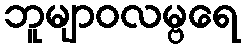
ဘူမျာဝလမ္ဗရေ